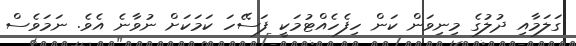
ގަލަމާއި ދުލުގެ މިނިވަން ކަން ހިފެހެއްޓުމަކީ ފަސޭހަ ކަމަކަށް ނުވާނެ އެވެ. ނަމަވެސް